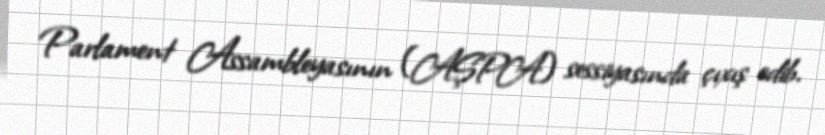
Parlament Assambleyasının (AŞPA) sessiyasında çıxış edib.